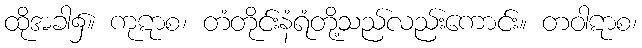
ထိုအခါ၌။ ကုဋာစ၊ တံတိုင်းနံရံတို့သည်လည်းကောင်း။ တဝါဋာစ၊